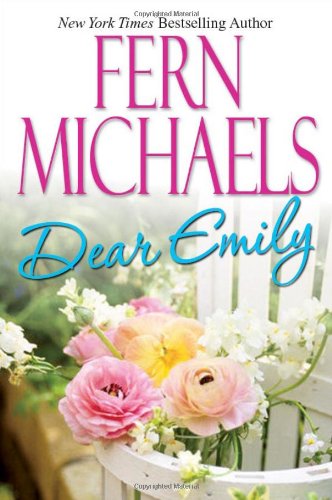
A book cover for Dear Emily; Fern Michaels; Literature & Fiction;